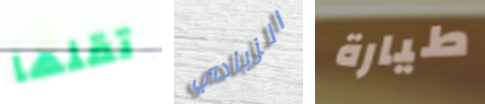
تقلها الزبادي طيارة